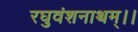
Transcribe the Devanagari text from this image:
रघुवंशनाथम्।।